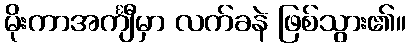
မိုးကာအင်္ကျီမှာ လက်ခနဲ ဖြစ်သွား၏။